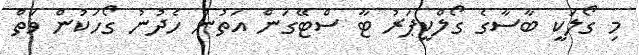
މި ގޯލަކީ ބާސާގެ ގޯލްކީޕަރު ޓާ ސްޓޭގަން އަތުން ހެދުނު ގޯހަކުން ވަތް